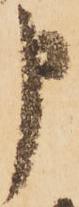
申